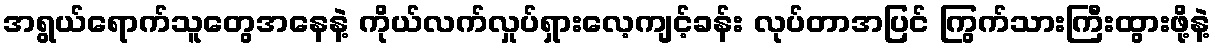
အရွယ်ရောက်သူတွေအနေနဲ့ ကိုယ်လက်လှုပ်ရှားလေ့ကျင့်ခန်း လုပ်တာအပြင် ကြွက်သားကြီးထွားဖို့နဲ့